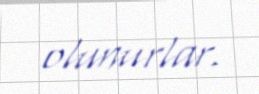
olunurlar.